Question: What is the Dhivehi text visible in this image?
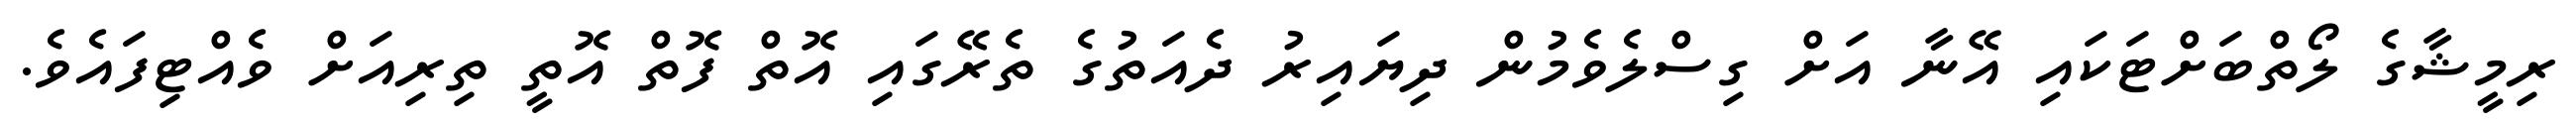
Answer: ރިމީޝާގެ ލޯތްބަށްޓަކައި އޭނާ އަށް ގިސްލެވެމުން ދިޔައިރު ދެއަތުގެ ތެރޭގައި އޮތް ފޮތް އޮތީ ތިރިއަށް ވެއްޓިފައެވެ.